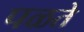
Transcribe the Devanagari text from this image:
पळते